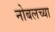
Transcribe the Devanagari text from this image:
नोबलच्या